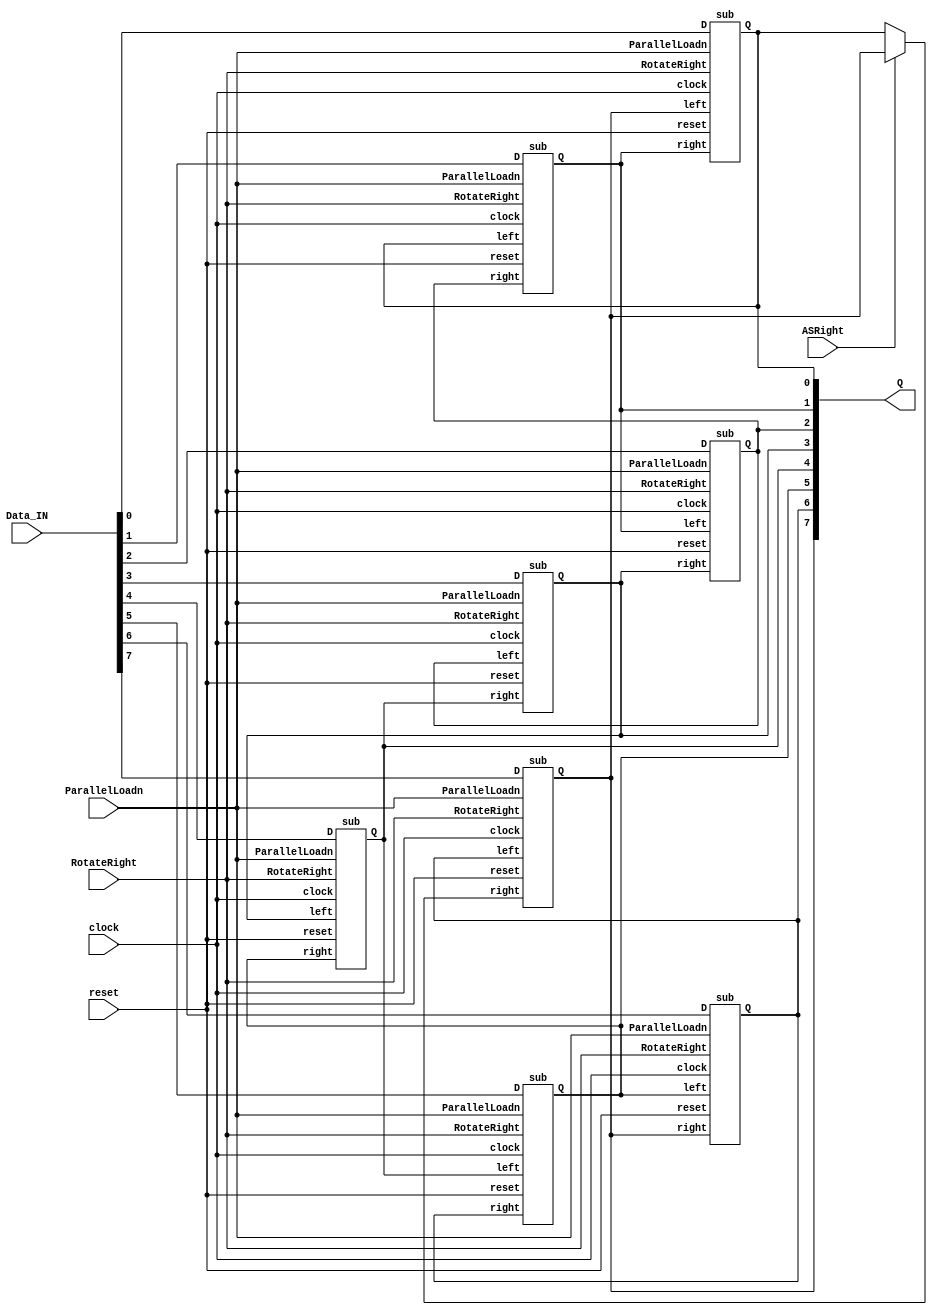
module part3(clock, reset, ParallelLoadn, RotateRight, ASRight, Data_IN, Q);

	input clock, reset, ParallelLoadn, RotateRight, ASRight;
	input [7:0] Data_IN;
	output [7:0] Q;
	
	wire right;
	
	assign right = ASRight ? Q[7] : Q[0];
	
	sub u7(right, Q[6], RotateRight, Data_IN[7], ParallelLoadn, Q[7], reset, clock);
	sub u6(Q[7], Q[5], RotateRight, Data_IN[6], ParallelLoadn, Q[6], reset, clock);
	sub u5(Q[6], Q[4], RotateRight, Data_IN[5], ParallelLoadn, Q[5], reset, clock);
	sub u4(Q[5], Q[3], RotateRight, Data_IN[4], ParallelLoadn, Q[4], reset, clock);
	sub u3(Q[4], Q[2], RotateRight, Data_IN[3], ParallelLoadn, Q[3], reset, clock);
	sub u2(Q[3], Q[1], RotateRight, Data_IN[2], ParallelLoadn, Q[2], reset, clock);
	sub u1(Q[2], Q[0], RotateRight, Data_IN[1], ParallelLoadn, Q[1], reset, clock);
	sub u0(Q[1], Q[7], RotateRight, Data_IN[0], ParallelLoadn, Q[0], reset, clock);

endmodule


module sub(right, left, RotateRight, D, ParallelLoadn, Q, reset, clock);

	input right, left, RotateRight, D, ParallelLoadn, reset, clock;
	output Q;
	
	wire w0, w1;
	
	mux2to1 u0(left, right, RotateRight, w1);
	mux2to1 u1(D, w1, ParallelLoadn, w0);
	flipflop f0(w0, Q, clock, reset);

endmodule

module flipflop(D, Q, Clock, reset);

	input reset, Clock;
	input D;
	output Q;
	
	reg Q;

	always @(posedge Clock) // triggered every time clock rises
	begin
		if (reset) 				
			Q <= 0;			   
		else 						
			Q <= D; 				
	end

endmodule

module mux2to1(x, y, s, m);

    input x, y, s;
    output m;
  
	 
    assign m = s ? y : x;

endmodule